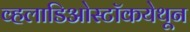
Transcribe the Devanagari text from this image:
व्हलाडिओस्टॉकयेथून